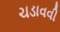
ચડાવવી